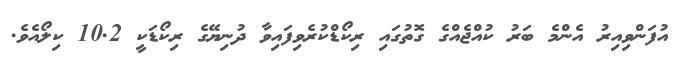
އުފަންވިއިރު އެންމެ ބަރު ކުއްޖެއްގެ ގޮތުގައި ރިކޯޑްކުރެވިފައިވާ ދުނިޔޭގެ ރިކޯޑަކީ 10.2 ކިލޯއެވެ.